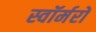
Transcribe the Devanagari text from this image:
स्वॉर्मरों